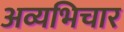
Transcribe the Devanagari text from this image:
अव्यभिचार